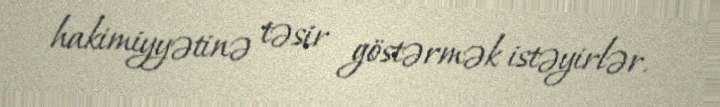
hakimiyyətinə təsir göstərmək istəyirlər.